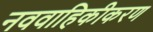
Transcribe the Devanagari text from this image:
नववाहिकीकरण